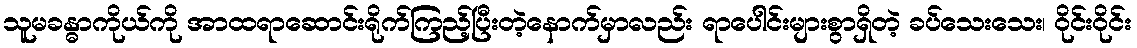
သူမခန္ဓာကိုယ်ကို အာထရာဆောင်းရိုက်ကြည့်ပြီးတဲ့နောက်မှာလည်း ရာပေါင်းများစွာရှိတဲ့ ခပ်သေးသေး၊ ဝိုင်းဝိုင်း